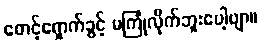
စောင့်ရှောက်ခွင့် မကြုံလိုက်ဘူးပေါ့ဗျာ။